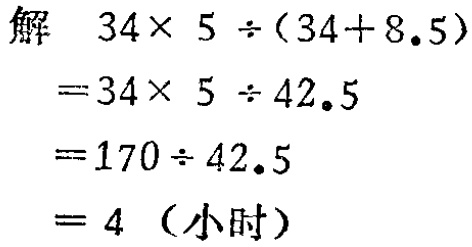
\[
\begin{align*}
&解\quad34\times 5\div(34 + 8.5)\\
&=34\times 5\div 42.5\\
&=170\div 42.5\\
&= 4\quad(\text{小时})
\end{align*}
\]